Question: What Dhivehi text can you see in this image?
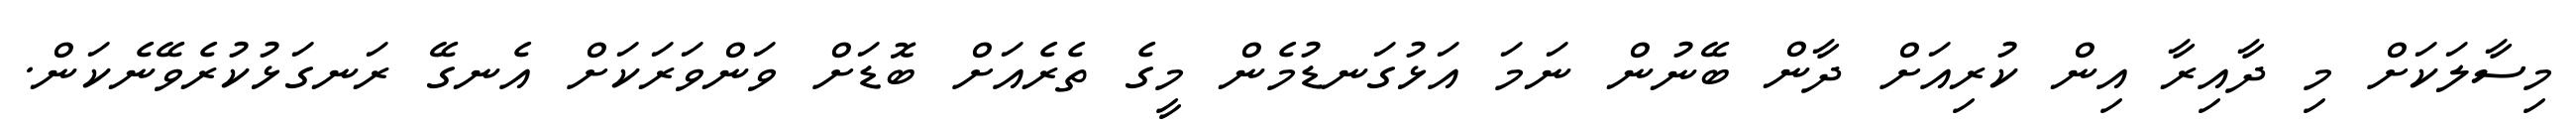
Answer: މިސާލަކަށް މި ދާއިރާ އިން ކުރިއަށް ދާން ބޭނުން ނަމަ އަޅުގަނޑުމެން މީގެ ތެރެއަށް ބޮޑަށް ވަންވަރަކަށް އެނގޭ ރަނގަޅުކުރެވޭނެކަން.